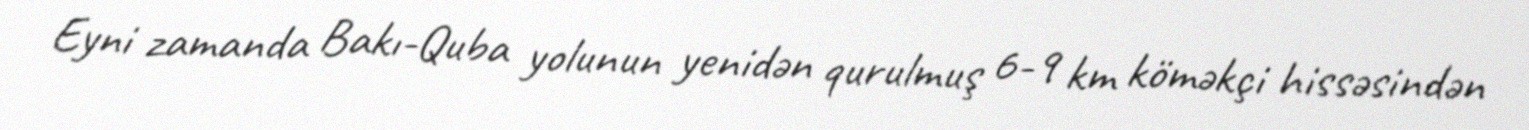
Eyni zamanda Bakı-Quba yolunun yenidən qurulmuş 6-9 km köməkçi hissəsindən